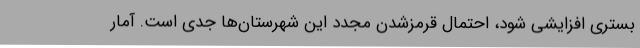
بستری افزایشی شود، احتمال قرمزشدن مجدد این شهرستان‌ها جدی است. آمار